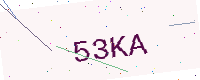
Text: 53KA